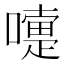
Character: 嚏